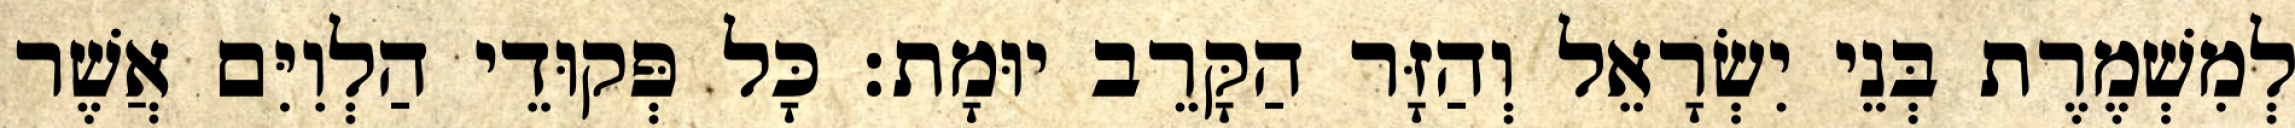
לְמִשְׁמֶרֶת בְּנֵי יִשְׂרָאֵל וְהַזָּר הַקָּרֵב יוּמָת׃ כָּל פְּקוּדֵי הַלְוִיִּם אֲשֶׁר